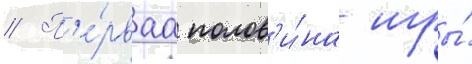
// П'е́рваа полов'и́на игры́